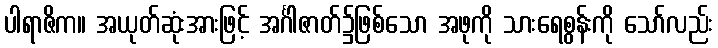
ပါရာဇိက။ အယုတ်ဆုံးအားဖြင့် အင်္ဂါဇာတ်၌ဖြစ်သော အဖုကို သားရေစွန်းကို သော်လည်း